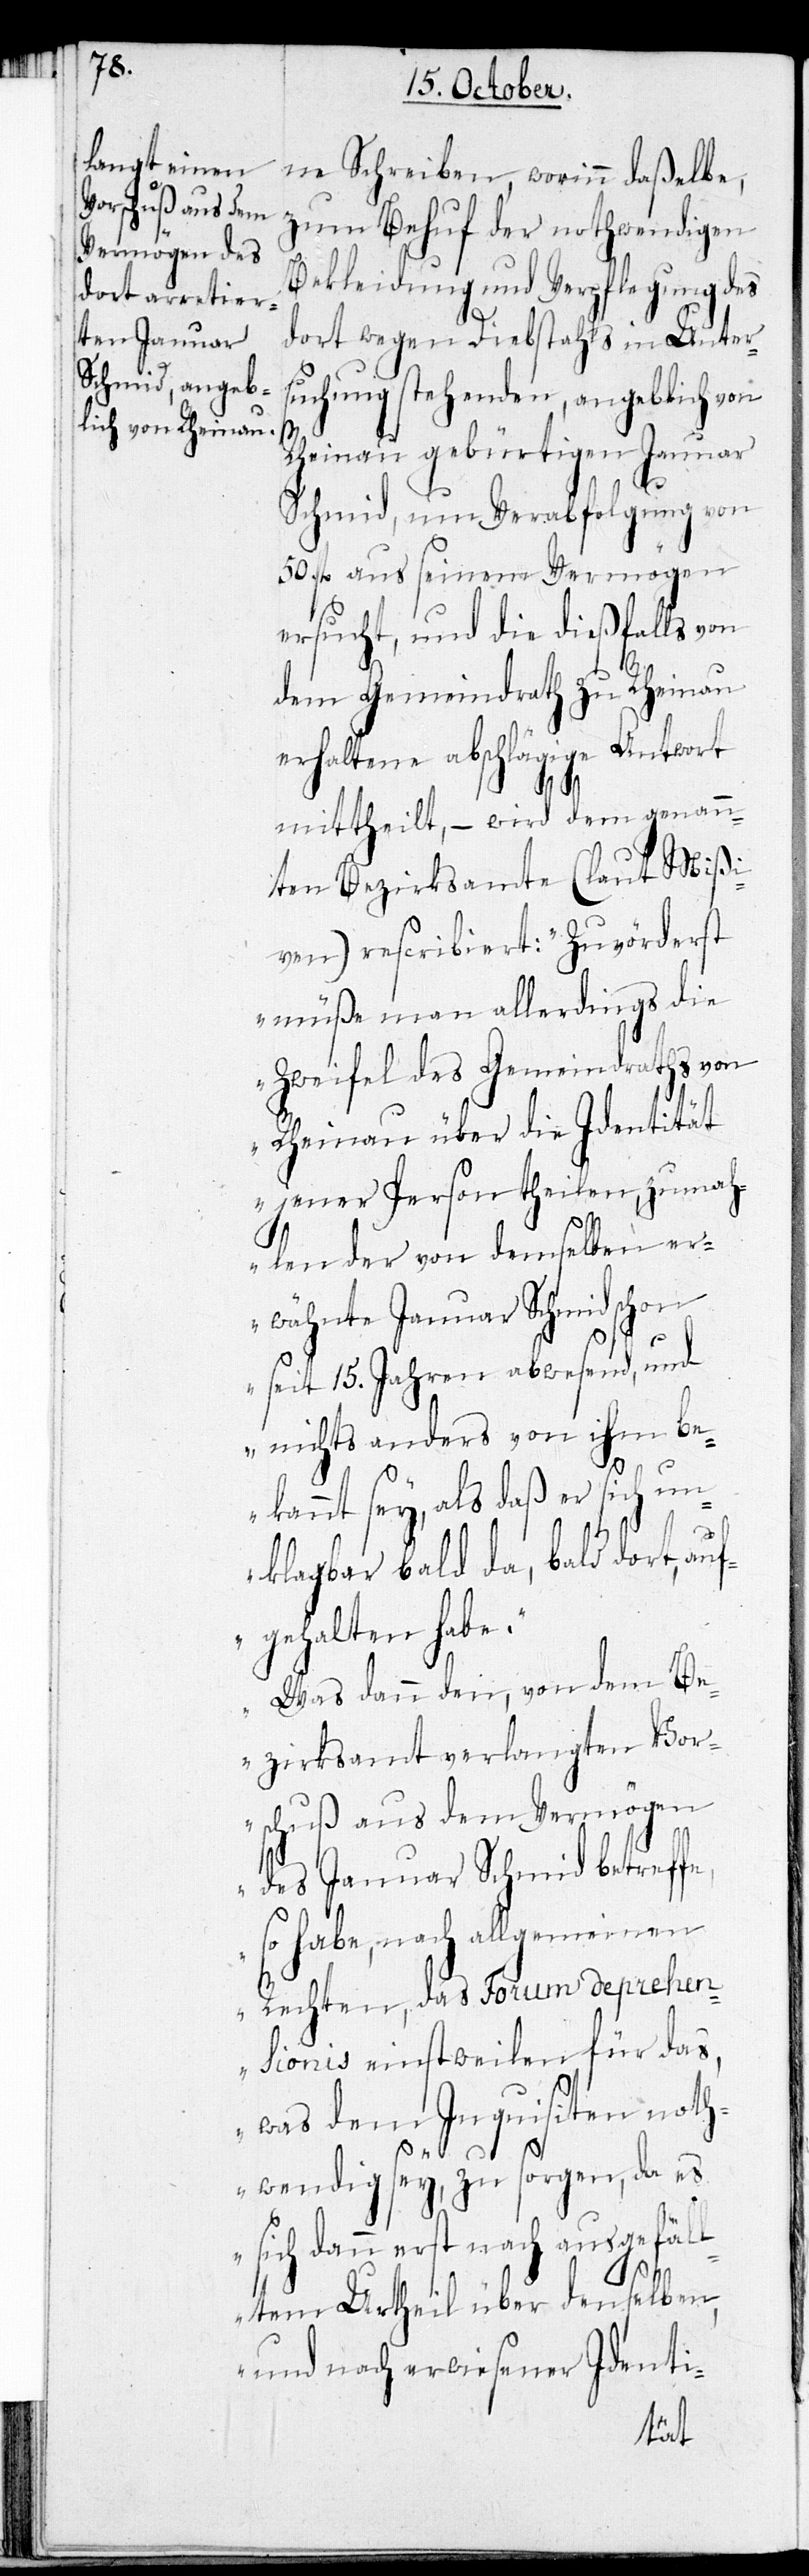
ne Schreiben, worinn daßelbe,
zum Behuf der nothwendigen
Bekleidung und Verpflegung des
dort wegen Diebstahls in Unters¬
uchung stehenden, angeblich von
Rheinau gebürtigen Januar
Schmid, um Verabfolgung von
50 fl. aus seinem Vermögen
ersucht, und die dießfalls von
dem Gemeindrath zu Rheinau
erhaltene abschlägige Antwort
mittheilt, – wird dem genann¬
ten Bezirksamte (laut Mißi¬
ven) rescribiert: „Zuvörderst
müße man allerdings die
Zweifel des Gemeindraths von
Rheinau über die Identität
jener Person theilen, zumah¬
len der von demselben er¬
wähnte Januar Schmid schon
seit 15. Jahren abwesend, und
nichts anders von ihm be¬
kannt sey, als daß er sich un¬
klagbar bald da, bald dort, au¬
fgehalten habe.
Was dann den, von dem B¬
ezirksamt verlangten Vor¬
schuß aus dem Vermögen
des Januar Schmid betreffe,
so habe, nach allgemeinen
Rechten, das Forum deprehen¬
sionis einstweilen für das,
was dem Inquisiten noth¬
wendig sey, zu sorgen, da es
sich dann erst nach ausgefäll¬
tem Urtheil über denselben,
und nach erwiesener Identi-